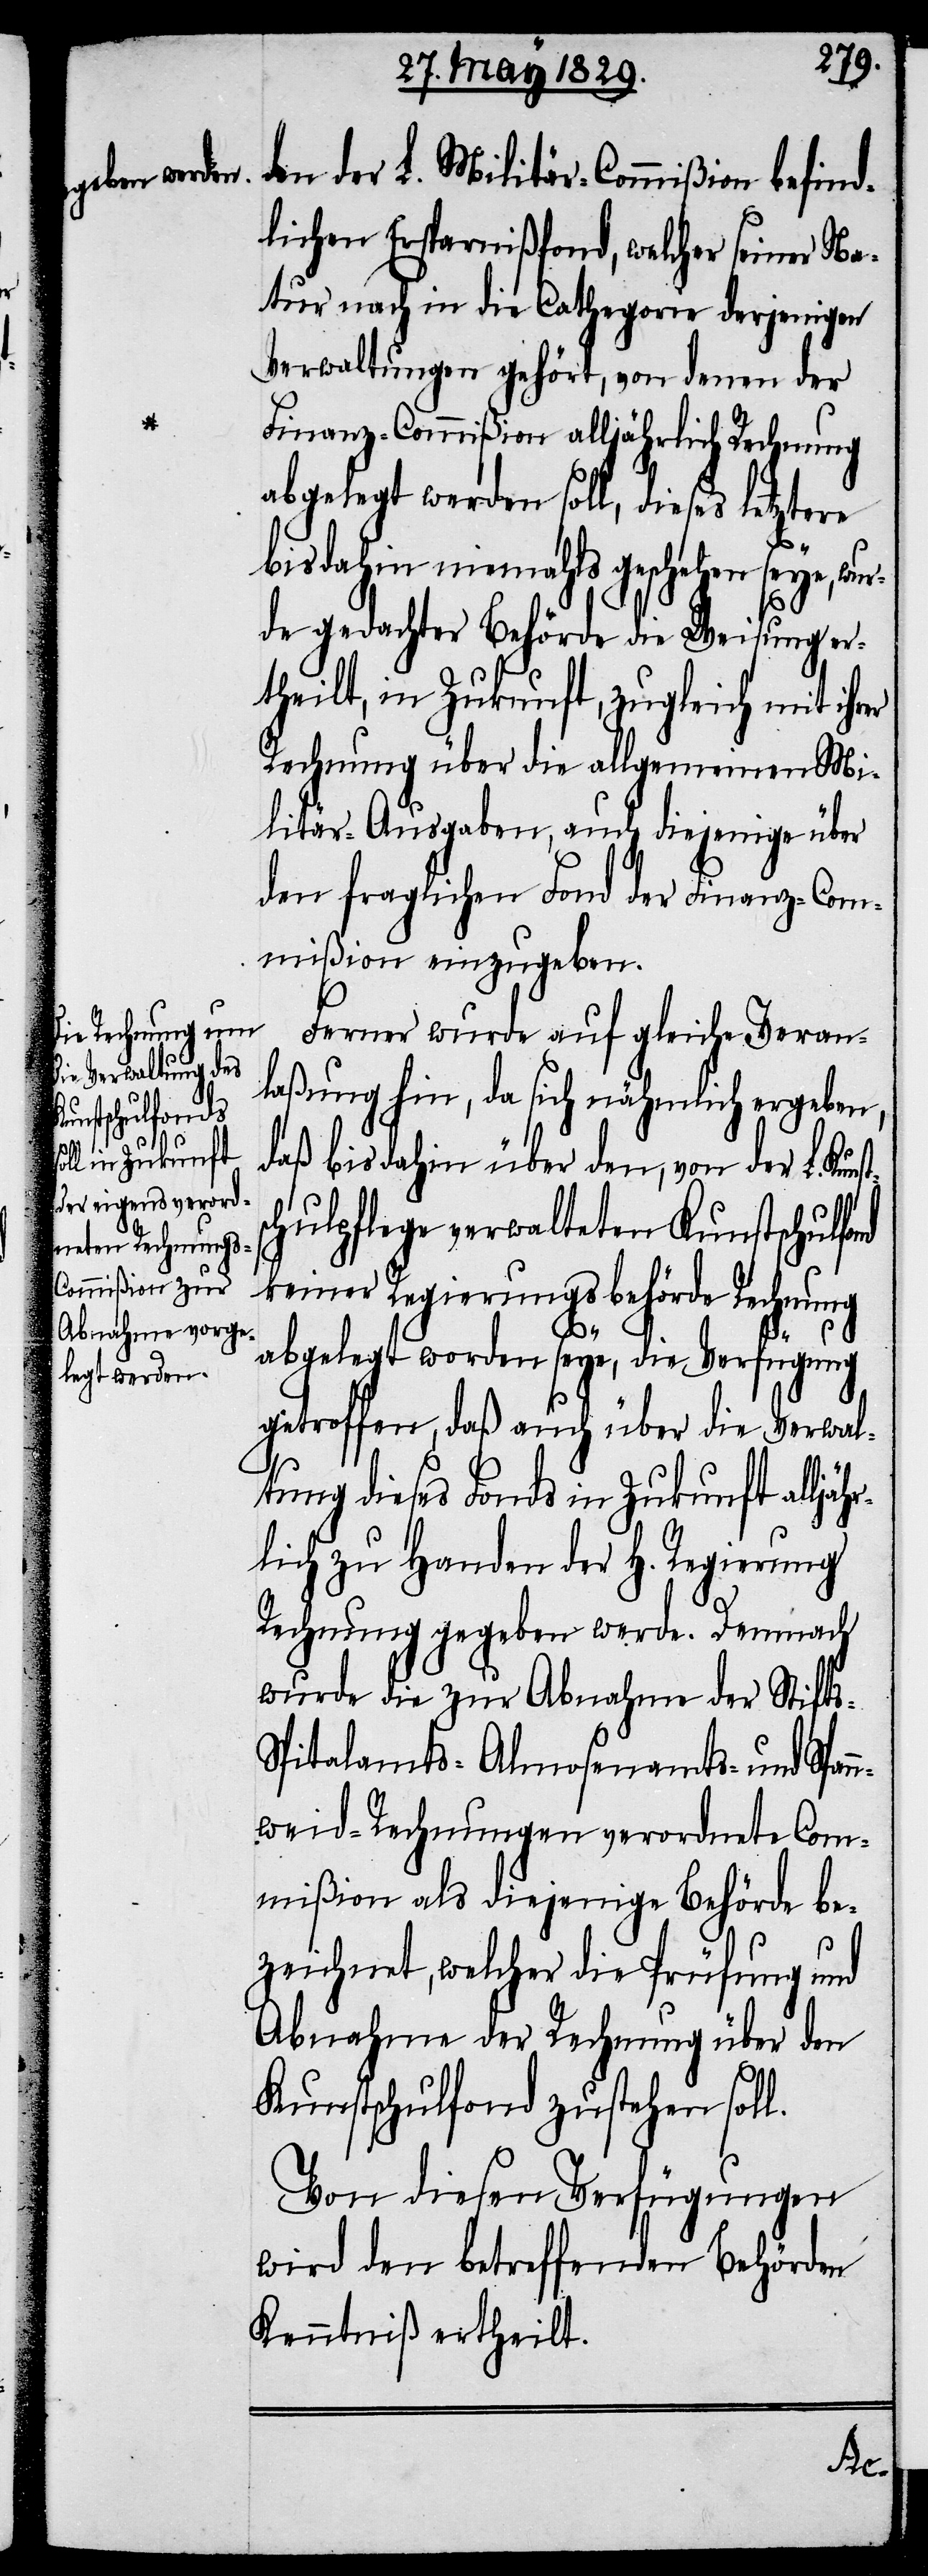
den der L. Militär-Commißion befind¬
lichen Ersparnißfond, welcher seiner Na¬
tur nach in die Cathegorie derjenigen
Verwaltungen gehört, von denen der
Finanz-Commißion alljährlich Rechnung
abgelegt werden soll, dieses letztere
bisdahin niemahls geschehen seye, w¬
de gedachter Behörde die Weisung er¬
theilt, in Zukunft, zugleich mit ihrer
Rechnung über die allgemeinen Mi¬
litär-Ausgaben, auch diejenige über
den fraglichen Fond der Finanz-Com¬
mißion einzugeben.
Ferner wurde auf gleiche Veran¬
laßung hin, da sich nähmlich ergeben,
daß bis dahin über den, von der L. Kun¬
chulpflege verwalteten Kunstschulfond
keiner Regierungsbehörde Rechnung
abgelegt worden seye, die Verfügung
getroffen, daß auch über die Verwal¬
tung dieses Fonds in Zukunft alljäh¬
rlich zu Handen der H. Regierung
Rechnung gegeben werde. Demnach
wurde die zur Abnahme der Stift¬
Spitalamts-[,] Almosenamts- und Span¬
nweid-Rechnungen verordneten Com¬
mißion als diejenige Behörde be¬
zeichnet, welcher die Prüfung und
Abnahme der Rechnung über den
Kunstschulfond zustehen soll.
Von diesen Verfügungen
wird den betreffenden Behörden
Kenntniß ertheilt.
s-[,]